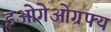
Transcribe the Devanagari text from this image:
इओगेओग्रफ्य